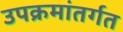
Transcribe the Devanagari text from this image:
उपक्रमांतर्गत